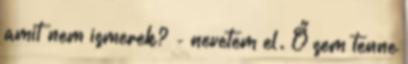
amit nem ismerek? - nevetem el. Ő sem tenne